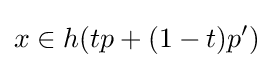
x\in h(tp+(1-t)p^{\prime })